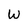
Character: w